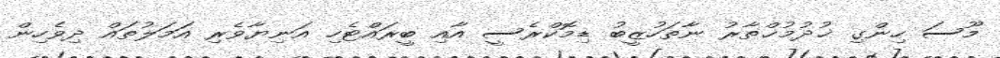
މޫސަ ހިންގި ޚުދުމުޚްތާރު ނާތަހުޒީބު ޑިމޮކްރެސީ އާއި ބީރައްޓެހި އަނިޔާވެރި އަމަލުތައް ދިވެހިން